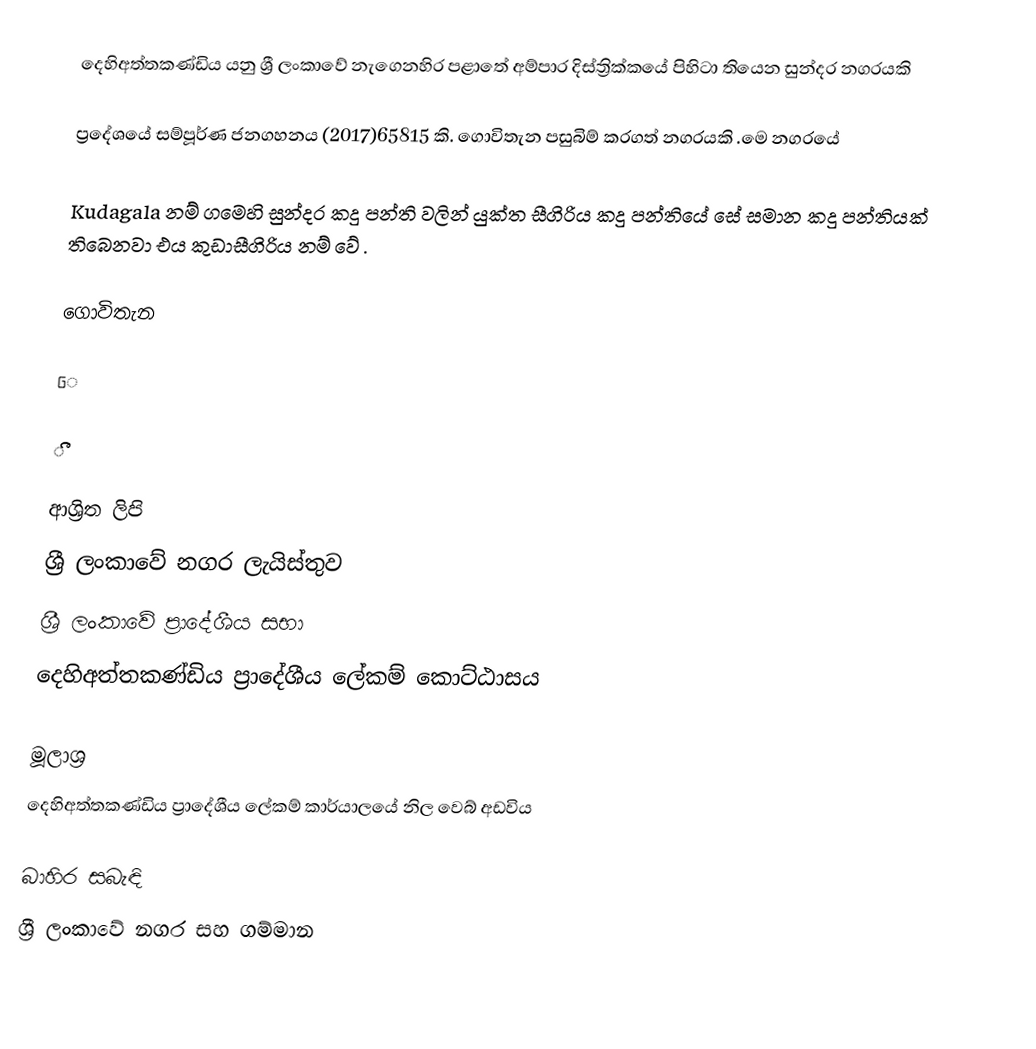
දෙහිඅත්තකණ්ඩිය යනු  ශ්‍රී ලංකාවේ නැගෙනහිර පළාතේ  අම්පාර දිස්ත්‍රික්කයේ  පිහිටා තියෙන සුන්දර   නගරයකි

ප්‍රදේශයේ සම්පූර්ණ ජනගහනය (2017)65815 කි.  ගොවිතැන  පසුබිම් කරගත් නගරයකි .මෙ නගරයේ

Kudagala නම් ගමෙහි සුන්දර කදු පන්ති වලින් යුක්ත සීගිරිය කදු පන්තියේ සේ සමාන කදු පන්තියක්  තිබෙනවා එය කුඩාසීගිරිය නම් වේ .

ගොවිතැන

ෙ

ීි

ආශ්‍රිත ලිපි
 ශ්‍රී ලංකාවේ නගර ලැයිස්තුව
 ශ්‍රී ලංකාවේ ප්‍රාදේශීය සභා
 දෙහිඅත්තකණ්ඩිය ප්‍රාදේශීය ලේකම් කොට්ඨාසය

මූලාශ්‍ර
 දෙහිඅත්තකණ්ඩිය ප්‍රාදේශීය ලේකම් කාර්යාලයේ නිල වෙබ් අඩවිය

බාහිර සබැඳි
ශ්‍රී ලංකාවේ නගර සහ ගම්මාන